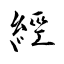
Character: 經